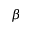
\beta